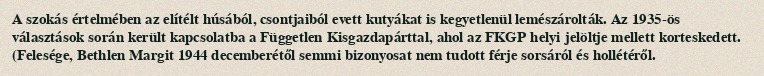
A szokás értelmében az elítélt húsából, csontjaiból evett kutyákat is kegyetlenül lemészárolták. Az 1935-ös választások során került kapcsolatba a Független Kisgazdapárttal, ahol az FKGP helyi jelöltje mellett korteskedett. (Felesége, Bethlen Margit 1944 decemberétől semmi bizonyosat nem tudott férje sorsáról és hollétéről.